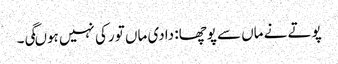
پوتے نے ماں سے پوچھا: دادی ماں تو رکی نہیں ہوںگی۔